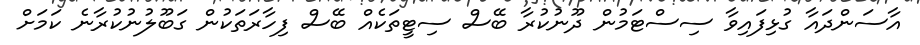
އާސަންދައާ ގުޅިފައިވާ ސިސްޓަމުން ދޫނުކުރާ ބޭސް ސިޓީތަކެއް ބޭސް ފިހާރަތަކުން ގަބޫލުނުކުރާނެ ކަމަށް